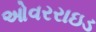
ઓવરરાઇડ